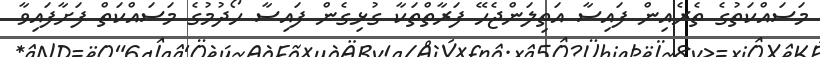
މަސައްކަތުގެ ތެރެއިން ފައިސާ އަތިލަންޖެހޭ ފަރާތްތަކާ ގުޅިގެން ފައިސާ ހޯދުމުގެ މަސައްކަތް ފަށާފައިވާ